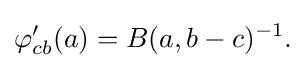
\displaystyle {\varphi _{cb}^{\prime }(a)=B(a,b-c)^{-1}.}